Report on vaccination in Madras 1895-1903 - 1895-1903
Year: 1895
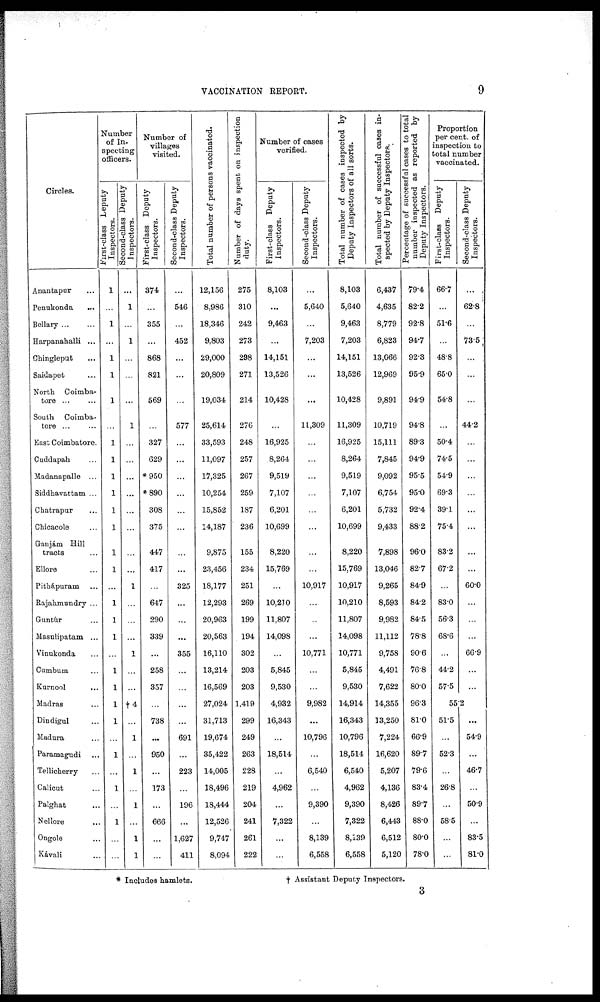
VACCINATION REPORT.
9
Circles.
Anantapur ...
Penukonda ...
Bellary ... ...
Harpanahalli ...
Chingleput ...
Saidapet ...
North Coimba-
tore ... ...
South Coimba-
tore ... ...
East Coimbatore.
Cuddapah ...
Madanapalle ...
Siddhavattam ...
Chatrapur ...
Chicacole ...
Ganjám Hill
tracts ...
Ellore ...
Pithápuram ...
Rajahmundry ...
Guntúr ...
Masulipatam ...
Vinukonda ...
Cumbum ...
Kurnool
...
Madras ...
Dindigul ...
Madura ...
Paramagudi ...
Tellicherry ...
Calicut ...
Palghat ...
Nellore ...
Ongole ...
Kávali ...
Number
of In-
specting
officers.
First-class Deputy
Inspectors.
1
...
1
...
1
1
1
...
1
1
1
1
1
1
1
1
...
1
1
1
...
1
1
1
1
...
1
...
1
...
1
...
...
Second-class Deputy
Inspectors.
...
1
...
1
...
...
...
1
...
...
...
...
...
...
...
...
1
...
...
...
1
...
...
†4
...
1
...
1
...
1
...
1
1
Number of
villages
visited.
First-class Deputy
Inspectors.
374
...
355
...
868
821
569
...
327
629
*950
*890
308
375
447
417
...
647
290
339
...
258
357
...
738
...
950
...
173
...
666
...
...
Second-class Deputy
Inspectors.
...
546
...
452
...
...
...
577
...
...
...
...
...
...
...
...
325
...
...
...
355
...
...
...
...
691
...
223
...
196
...
1,627
411
Total number of persons vaccinated.
12,156
8,986
18,346
9,803
29,000
20,809
19,034
25,614
33,593
11,097
17,325
10,254
15,852
14,187
9,875
23,456
18,177
12,293
20,963
20,563
16,110
13,214
16,569
27,024
31,713
19,674
35,422
14,005
18,496
18,444
12,526
9,747
8,094
Number of days spent on inspection
duty.
275
310
242
273
298
271
214
276
248
257
267
259
187
236
155
234
251
269
199
194
302
203
203
1,419
299
249
263
228
219
204
241
261
222
Number of cases
verified.
First-class Deputy
Inspectors.
8,103
...
9,463
...
14,151
13,526
10,428
...
16,925
8,264
9,519
7,107
6,201
10,699
8,220
15,769
...
10,210
11,807
14,098
...
5,845
9,530
4,932
16,343
...
18,514
...
4,962
...
7,322
...
...
Second-class Deputy
Inspectors.
...
5,640
...
7,203
...
...
...
11,809
...
...
...
...
...
...
...
...
10,917
...
...
...
10,771
...
...
9,982
...
10,796
...
6,540
...
9,390
...
8,139
6,558
Total number of cases inspected by
Deputy Inspectors of all sorts.
8,103
5,640
9,463
7,203
14,151
13,526
10,428
11,309
16,925
8,264
9,519
7,107
6,201
10,699
8,220
15,769
10,917
10,210
11,807
14,098
10,771
5,845
9,530
14,914
16,343
10,796
18,514
6,540
4,962
9,390
7,322
8,139
6,558
Total number of successful cases in-
spected by Deputy Inspectors.
6,437
4,635
8,779
6,823
13,066
12,969
9,891
10,719
15,111
7,845
9,092
6,754
5,732
9,433
7,898
13,046
9,265
8,593
9,982
11,112
9,758
4,491
7,622
14,355
13,250
7,224
16,620
5,207
4,136
8,426
6,443
6,512
5,120
Percentage of successful cases to total
number inspected as reported by
Deputy Inspectors.
79.4
82.2
92.8
94.7
92.3
95.9
94.9
94.8
89.3
94.9
95.5
95.0
92.4
88.2
96.0
82.7
84.9
84.2
84.5
78.8
90.6
76.8
80.0
96.3
81.0
66.9
89.7
79.6
83.4
89.7
88.0
80.0
78.0
Proportion
per cent. of
inspection to
total number
vaccinated.
First-class Deputy
Inspectors.
66.7
...
51.6
...
48.8
65.0
54.8
...
50.4
74.5
54.9
69.3
39.1
75.4
83.2
67.2
...
83.0
56.3
68.6
...
44.2
57.5
Second-class Deputy
Inspectors.
...
62.8
...
73.5
...
...
...
44.2
...
...
...
...
...
...
...
...
60.0
...
...
...
66.9
...
...
55.2
51.5
...
52.3
...
26.8
...
58.5
...
...
...
54.9
...
46.7
...
50.9
...
83.5
81.0
* Includes hamlets.
† Assistant Deputy Inspectors.
3